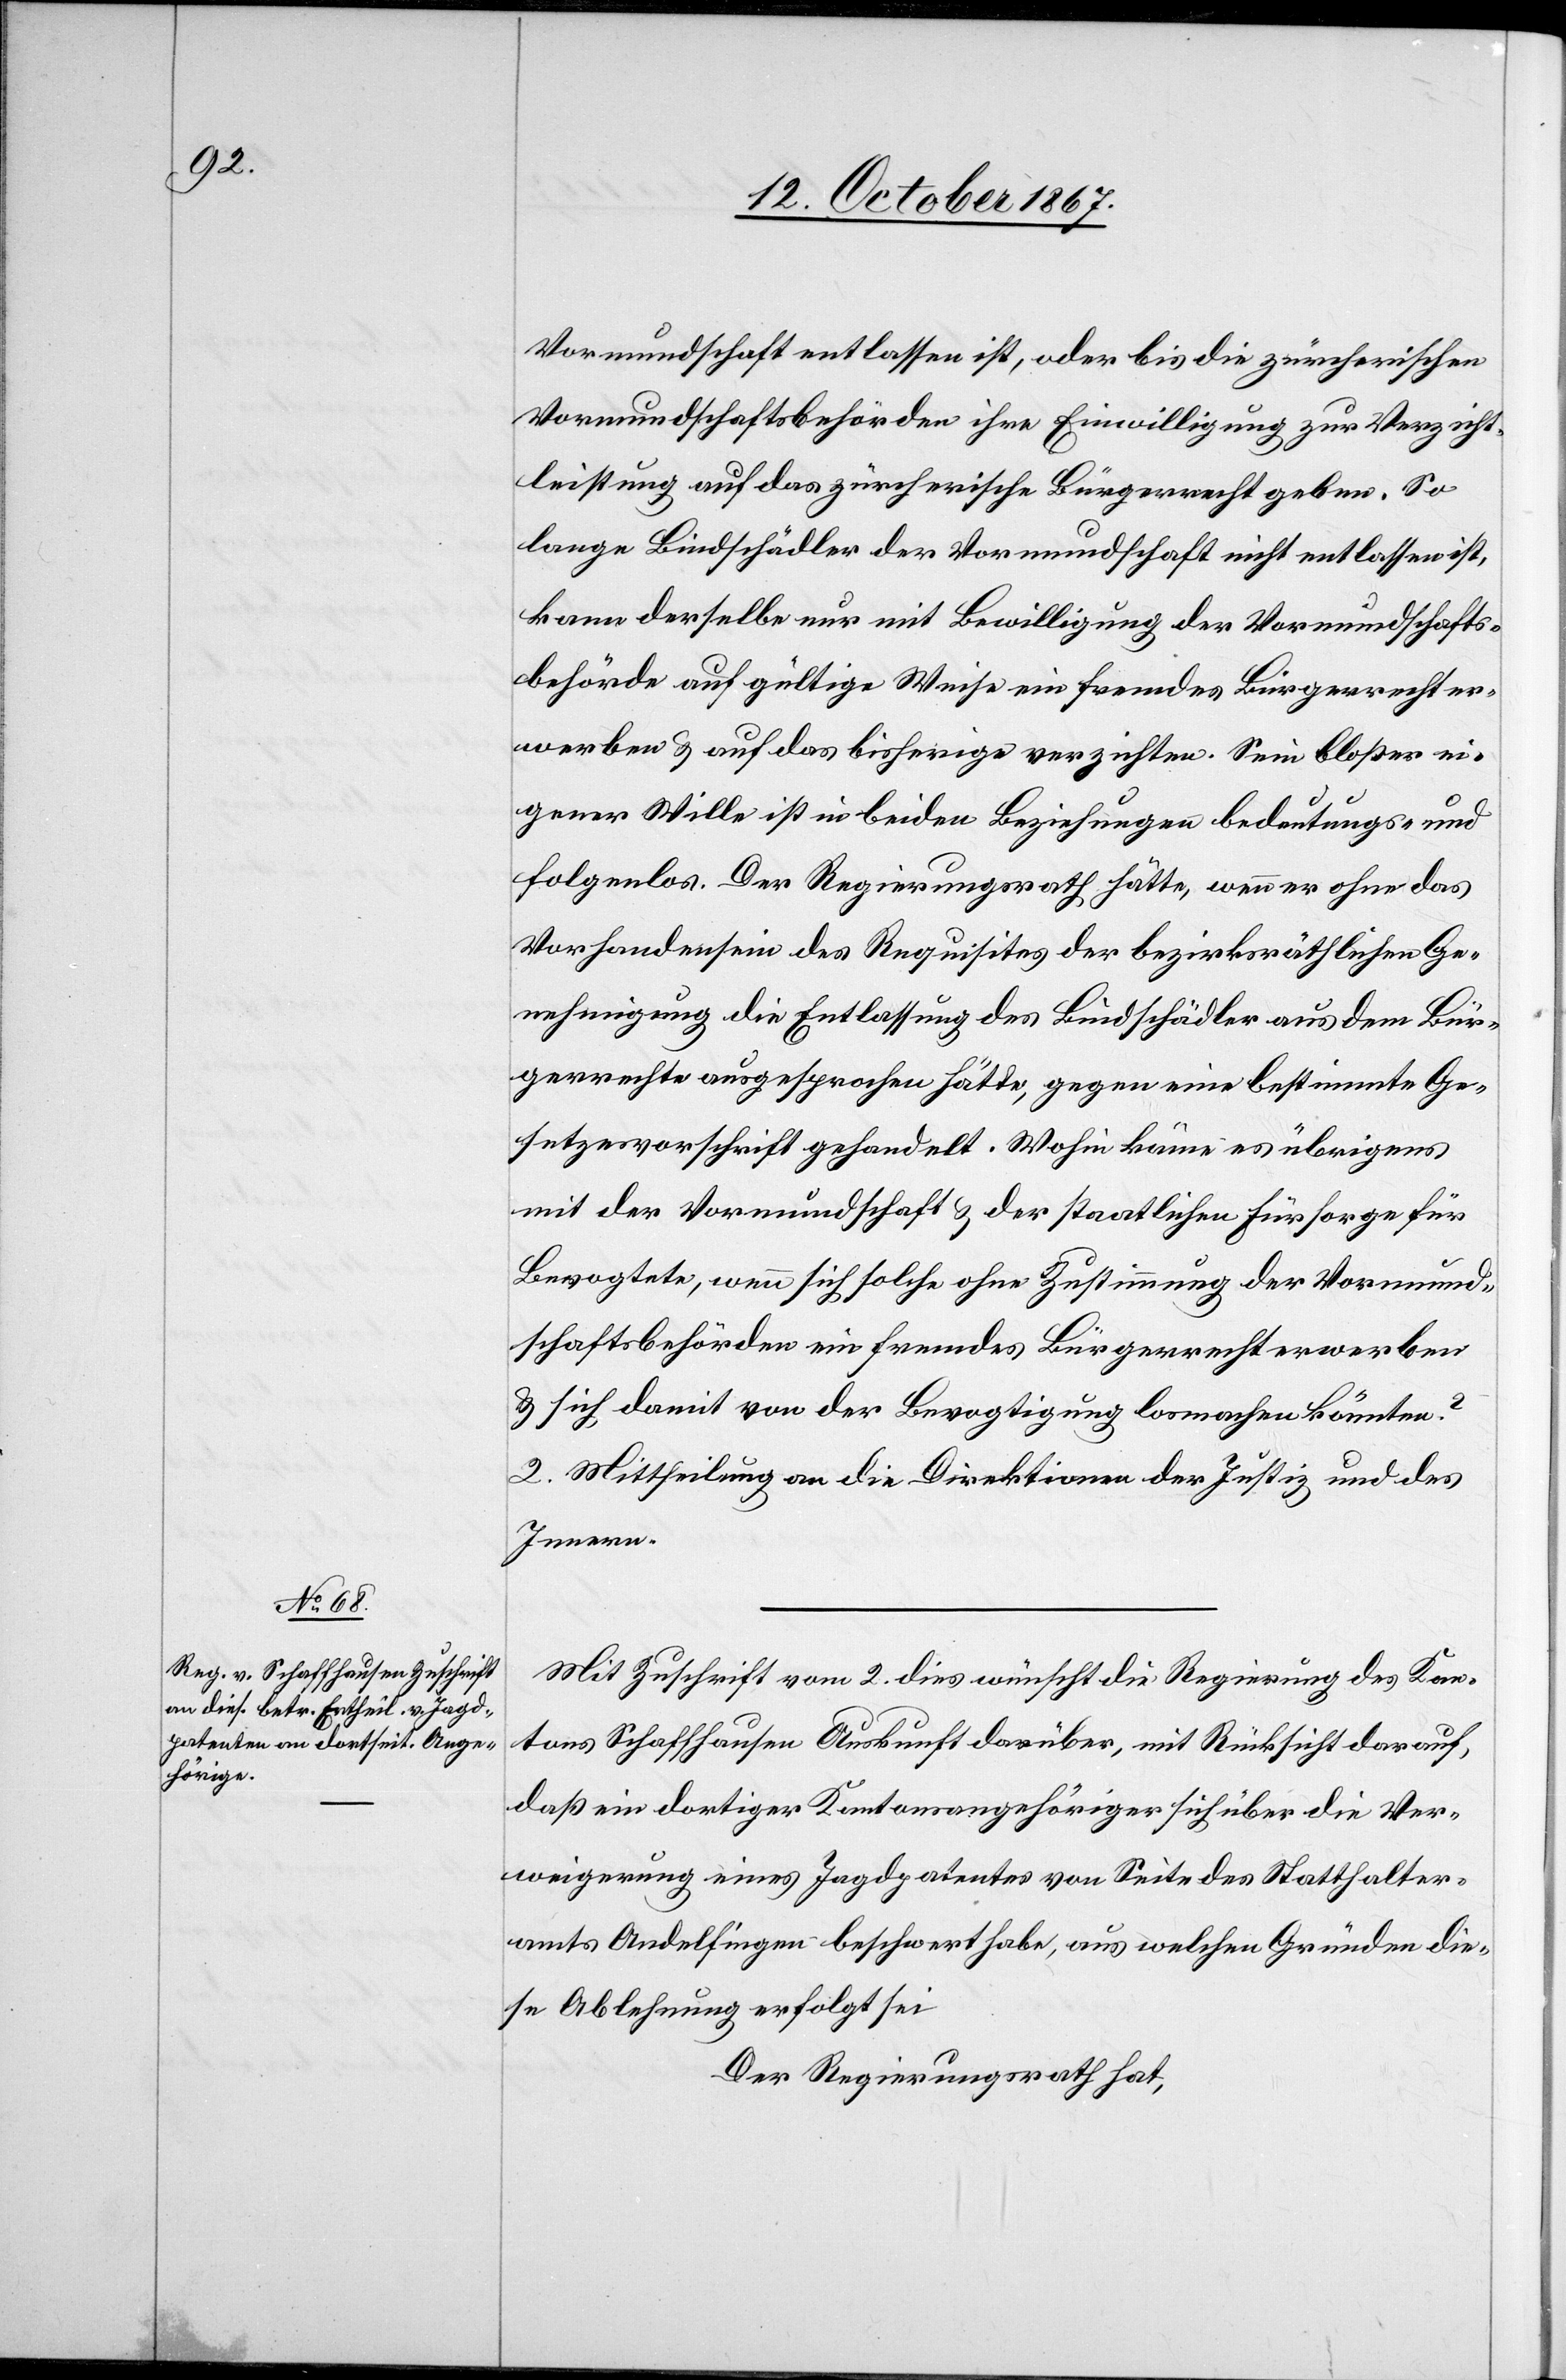
Vormundschaft entlassen ist, oder bis die zürcherische
Vormundschaftsbehörden ihre Einwilligung zur Verzicht¬
leistung auf das zürcherische Bürgerrecht geben. So
lange Bindschädler der Vormundschaft nicht entlassen ist,
kann derselbe nur mit Bewilligung der Vormundschafts¬
behörde auf gültige Weise ein fremdes Bürgerrecht er¬
werben u. auf das bisherige verzichten. Sein bloßer ei¬
gener Wille ist in beiden Beziehungen bedeutungs- und
folgenlos. Der Regierungsrath hätte, wenn er ohne das
Vorhandensein des Requisites der bezirksräthlichen Ge¬
nehmigung die Entlassung des Bindschädler aus dem Bür¬
gerrechte ausgesprochen hätte, gegen eine bestimmte Ge¬
setzesvorschrift gehandelt. Wohin käme es übrigens
mit der Vormundschaft u. der staatlichen Fürsorge für
Bevogtete, wenn sich solche ohne Zustimmung der Vormund¬
schaftsbehörden ein fremdes Bürgerrecht erwerben
u. sich damit von der Bevogtigung losmachen könnten?
2. Mittheilung an die Direktionen der Justiz und des
Innern.
Mit Zuschrift vom 2. dies wünscht die Regierung des Kan¬
tons Schaffhausen Auskunft darüber, mit Rücksicht darauf,
daß ein dortiger Kantonsangehöriger sich über die Ver¬
weigerung eines Jagdpatentes von Seite des Statthalter¬
amtes Andelfingen beschwert habe, aus welchen Gründen die¬
se Ablehnung erfolgt sei.
Der Regierungsrath hat,